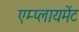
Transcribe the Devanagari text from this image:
एम्प्लायमेंट